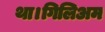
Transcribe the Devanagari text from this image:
था।गिलिअम